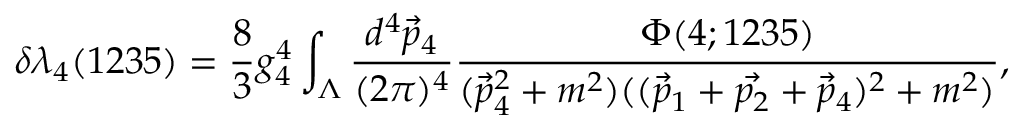
{ \delta } { \lambda } _ { 4 } ( 1 2 3 5 ) = \frac { 8 } { 3 } g _ { 4 } ^ { 4 } \int _ { { \Lambda } } \frac { d ^ { 4 } \vec { p } _ { 4 } } { ( 2 { \pi } ) ^ { 4 } } \frac { { \Phi } ( 4 ; 1 2 3 5 ) } { ( \vec { p } _ { 4 } ^ { 2 } + m ^ { 2 } ) ( ( \vec { p } _ { 1 } + \vec { p _ { 2 } } + \vec { p } _ { 4 } ) ^ { 2 } + m ^ { 2 } ) } ,